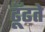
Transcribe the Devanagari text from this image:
ढूॅढते